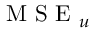
\mathrm { ~ M ~ S ~ E ~ } _ { u }